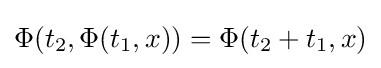
\Phi (t_{2},\Phi (t_{1},x))=\Phi (t_{2}+t_{1},x)